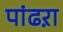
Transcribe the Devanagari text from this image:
पांढऱा